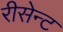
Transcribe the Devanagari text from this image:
रीसेन्ट